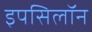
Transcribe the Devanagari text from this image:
इपसिलॉन